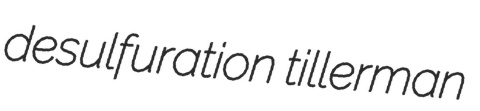
desulfuration tillerman